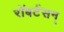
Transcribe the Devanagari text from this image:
रॉबर्टसन्